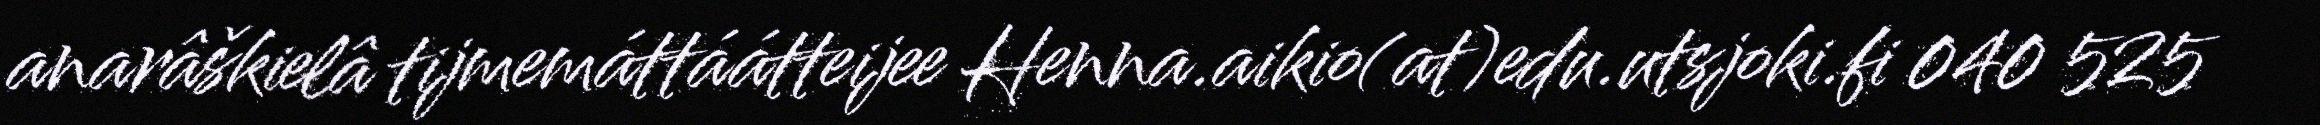
anarâškielâ tijmemáttáátteijee Henna.aikio(at)edu.utsjoki.fi 040 525